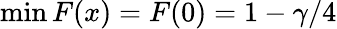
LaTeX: \operatorname*{min}F(x)=F(0)=1-\gamma/4